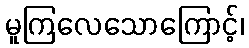
မူကြလေသောကြောင့်၊